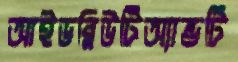
আইডব্লিউটিঅ্যান্ডটি